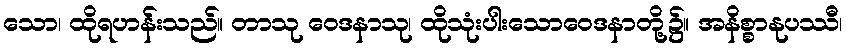
သော၊ ထိုရဟန်းသည်။ တာသု ဝေဒနာသု၊ ထိုသုံးပါးသောဝေဒနာတို့၌။ အနိစ္စာနုပဿီ၊